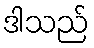
ဒါသည်